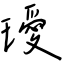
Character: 璦